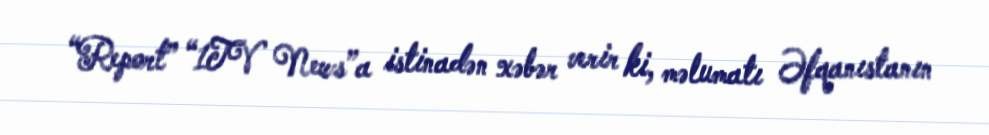
“Report” “1TV News”a istinadən xəbər verir ki, məlumatı Əfqanıstanın